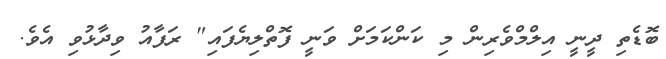
ބޮޑެތި ދީނީ އިލްމްވެރިން މި ކަންކަމަށް ވަނީ ފޮތްލިޔެފައި" ރަފާއު ވިދާޅުވި އެވެ.